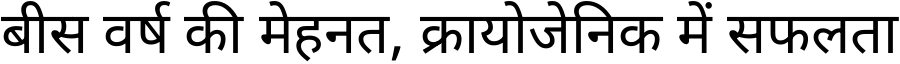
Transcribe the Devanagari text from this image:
बीस वर्ष की मेहनत, क्रायोजेनिक में सफलता